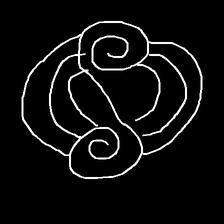
Glyph: wind-underfoot